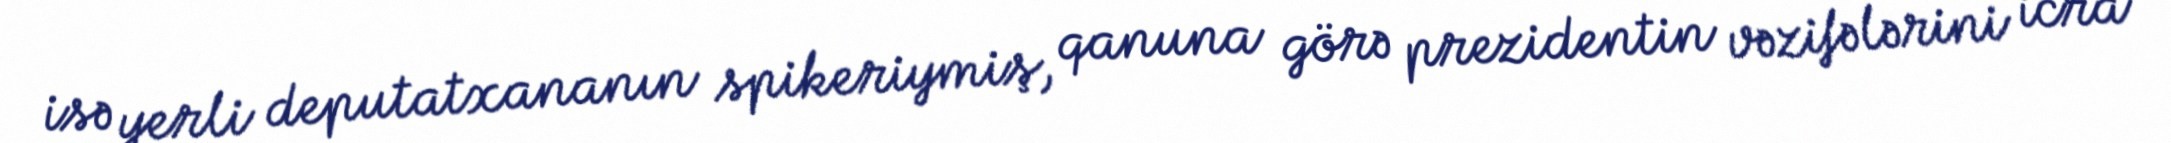
isə yerli deputatxananın spikeriymiş, qanuna görə prezidentin vəzifələrini icra